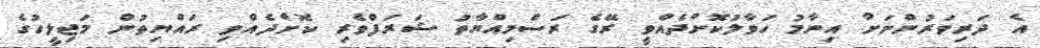
އެ ދަރިވަރުންނަށް އިނާމު ހަވާލުކޮށްދެއްވީ ރޭގެ ރަސްމިއްޔާތު ޝަރަފްވެރި ކޮށްދެއްވި ރައްޔިތުން މަޖިލީހުގެ